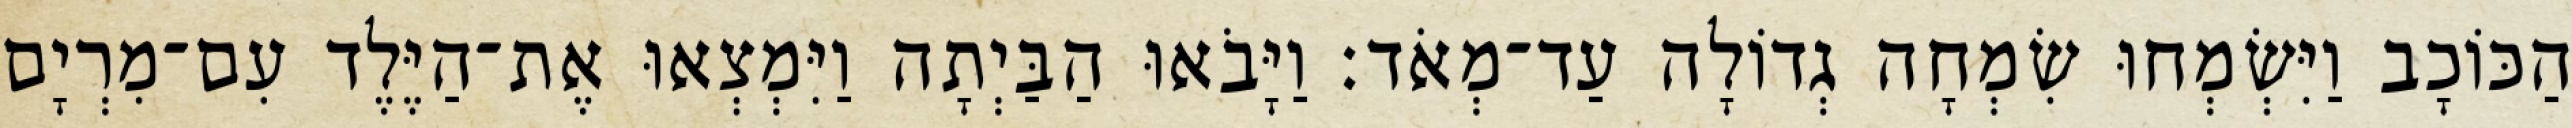
הַכּוֹכָב וַיִּשְׂמְחוּ שִׂמְחָה גְדוֹלָה עַד־מְאֹד׃ וַיָּבֹאוּ הַבַּיְתָה וַיִּמְצְאוּ אֶת־הַיֶּלֶד עִם־מִרְיָם